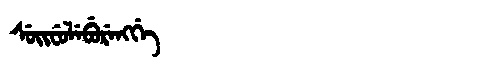
Manchu: ᠰᡠᡳᠸᡠᠯᡝᠪᡠᡵᡝᠩᡤᡝ
Romanization: SUIFULEBURENGGE